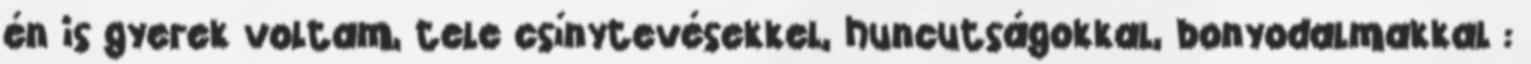
én is gyerek voltam, tele csínytevésekkel, huncutságokkal, bonyodalmakkal :